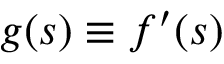
g ( s ) \equiv f ^ { \prime } ( s )